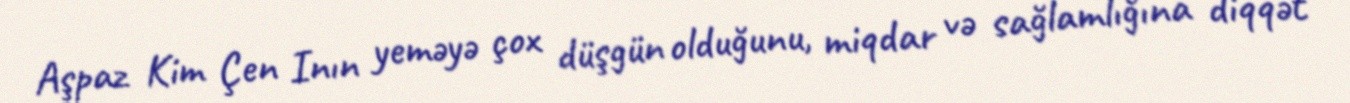
Aşpaz Kim Çen Inın yeməyə çox düşgün olduğunu, miqdar və sağlamlığına diqqət